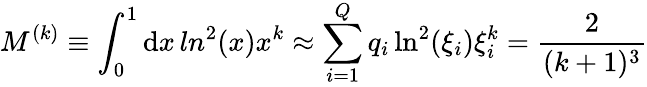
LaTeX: M^{(k)}\equiv\int_{0}^{1}\mathrm{d}x\, ln^{2}(x)x^{k}\approx\sum_{i=1}^{Q}q_{i}\ln^{2}(\xi_{i})\xi_{i}^{k}=\frac{2}{(k+1)^{3}}